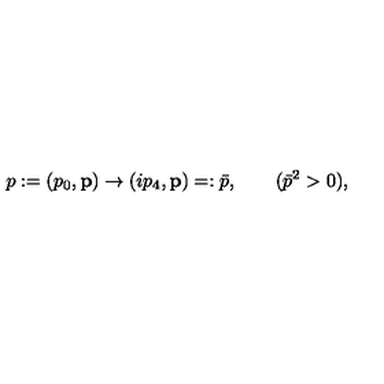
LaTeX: p : = ( p _ { 0 } , { \bf p } ) \rightarrow ( i p _ { 4 } , { \bf p } ) = : \bar { p } , \qquad ( \bar { p } ^ { 2 } > 0 ) ,